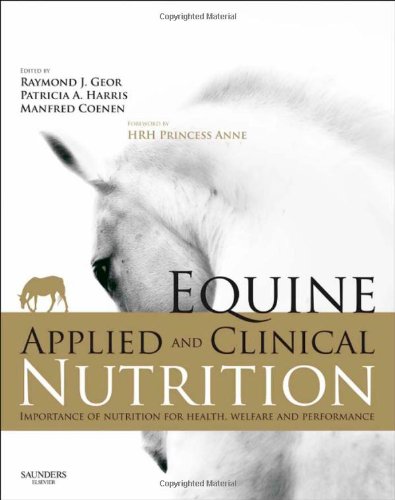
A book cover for Equine Applied and Clinical Nutrition: Health, Welfare and Performance, 1e; Raymond J. Geor BVSc  MVSc  PhD<br>Diplomate  American College of Veterinary Internal Medicine (Large Animal) <br>Diplomate  American College of Veterinary Nutrition (Honorary)<br>Diplomate  American College of Veterinary Sports Medicine and Rehabilitation; Medical Books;